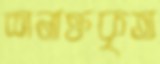
শনাক্তকৃত